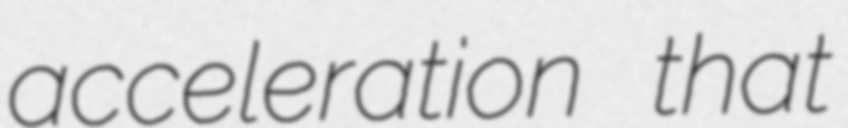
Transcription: acceleration that